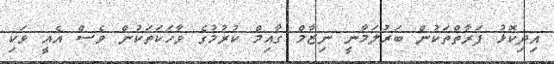
އިދިކޮޅު ފަރާތްތަކުން ބަރުލަމާނީ ނިޒާމް ގާއިމް ކުރުމުގެ ވާހަކަތަކުން ވެސް އެއީ ވަކި